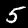
Digit: 5